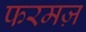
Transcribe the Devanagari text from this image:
फरमज़